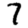
Digit: 7